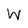
Character: W